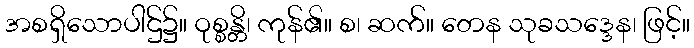
အစရှိသောပါဌ်၌။ ဝုစ္စန္တိ၊ ကုန်၏။ စ၊ ဆက်။ တေန သုခသဒ္ဒေန၊ ဖြင့်။